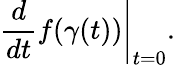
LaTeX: \left.{\frac{d}{dt}}f(\gamma(t))\right|_{t=0}.